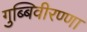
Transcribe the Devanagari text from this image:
गुब्बिवीरण्णा